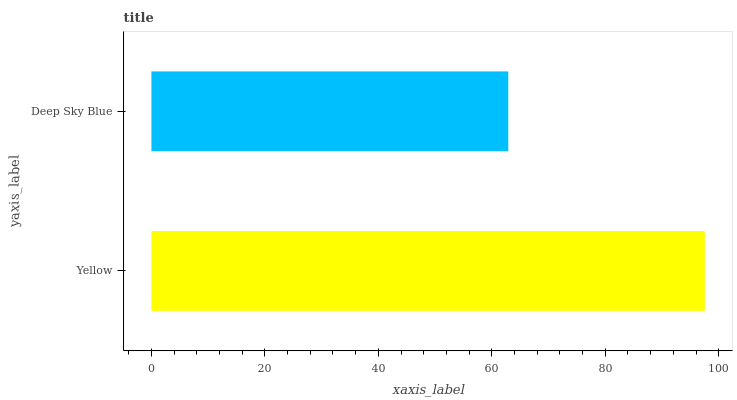
| yaxis_label | bars |
 | --- | --- |
 | Yellow | 97.5 |
 | Deep Sky Blue | 62.9 |